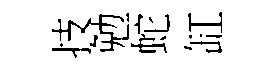
技勉蛇缸